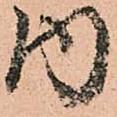
内